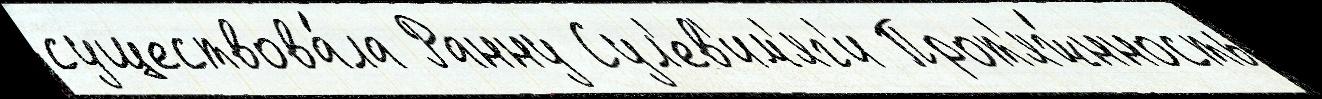
существова́ла Ранну Сул'ев'им'яг'и Прот'яж́нность